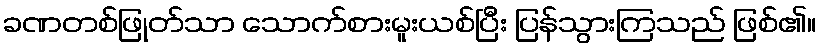
ခဏတစ်ဖြုတ်သာ သောက်စားမူးယစ်ပြီး ပြန်သွားကြသည် ဖြစ်၏။